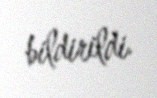
bildirildi.